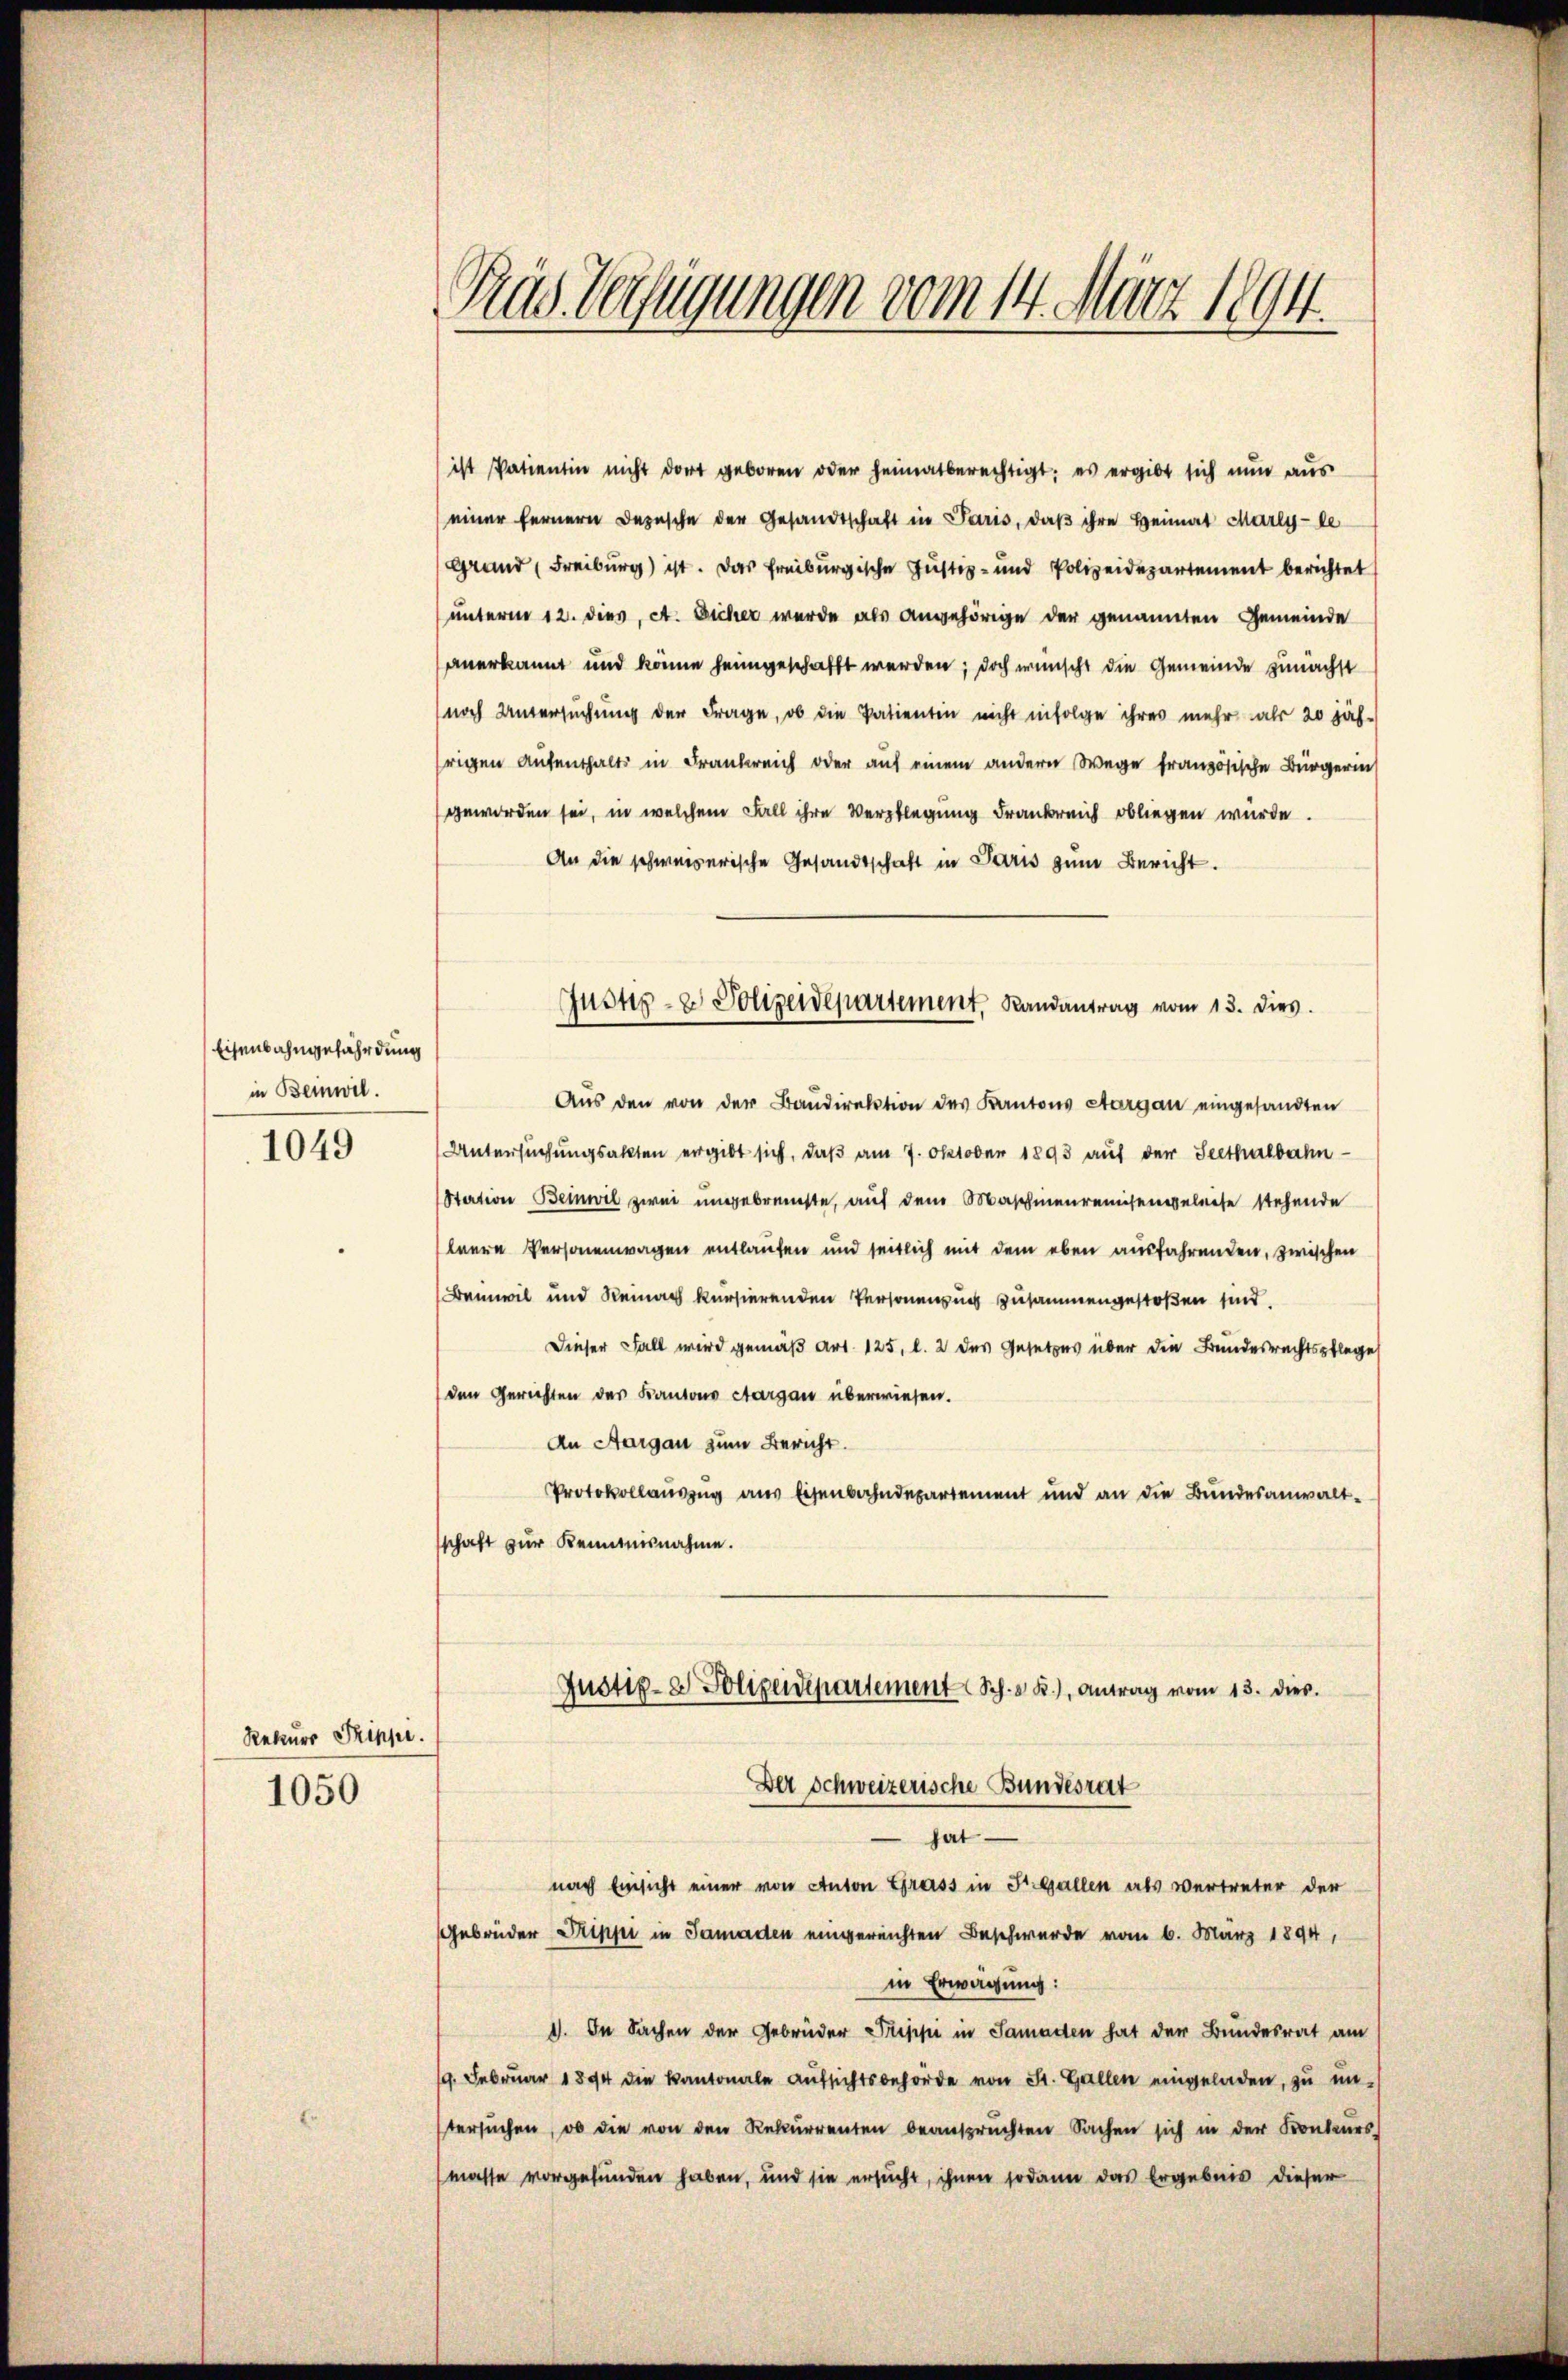
Eisenbahngefährdung
in Beinwil.

1049

Rekurs Prippe.

1050

ist Patientin nicht dort geboren oder heimatberechtigt; es ergibt sich nun aus
einer fernern Depesche der Gesandtschaft in Paris, daβ ihre Heimat Marlyle
Grand (Freiburg) ist. Das freiburgische Justiz- und Polizeidepartement berichtet
unterm 12. dies, A. Sicher wurde als angehörige der genannten Gemeinde
anerkannt und könne heimgeschafft werden; doch wünscht die Gemeinde zunächst
noch Untersuchung der Frage, ob die Patientin nicht infolge ihres mehr als 20 jäh-
frigen Aufenthalts in Frankreich oder auf einem andern Wege französische Bürgerin
geworden sei, in welchem Fall ihre Verpflegung Frankreich obliegen würde.
An die schweizerische Gesandtschaft in Paris zum Bericht.
Aŭs den von der Baŭdirektion des Kantons Aargau eingesandten
Untersuchungsakten ergibt sich, daß am 7. Oktober 1893 auf der Seethalbahn
Station Beinwil zwei ungebrauchte, auf dem Maschinenreisengeleise stehende
leere Personenwagen entlaufen und seitlich mit dem eben ausfahrenden, zwischen
Banweil und Reinach kursierenden Personenzung zusammengestoßen sind.
Dieser Fall wird gemäß Art. 125, l. 2 des Gesetzes über die Bundesrechtspflege
den Gerichten des Kantons Aargau überwiesen.
An Aargau zum Bericht.
Protokollauszug aus Eisenbahndepartement und an die Bundesanwaltschaft zur Kenntnisnahme.
Justiz- & Polizeidepartement Sch. d. R.) Antrag vom 13. dies.
Der Schweizerische Bundesrat
hat
nach Einsicht einer von Anton Grass in St. Gallen als vertreter der
Gebrüder Pippi in Samaden eingereichten Beschwerde vom 6. März 1894,
in Erwägung:
1. In Sachen der Gebrüder Priss in Samaden hat der Bundesrat am
9. Februar 1894 die Kantonale Aufsichtsbehörde von St. Gallen eingeladen, zu un-
tersuchen, ob die von den Rekurrenten beansprüchten Sachen sich in der Konkurs
(masse vorgefunden haben, und sie ersucht, ihnen sodann das Ergebnis dieser

Rus Verfügungen vom 14. März 1894.

Justiz- & Polizeidepartement, Landantrag vom 13. dies